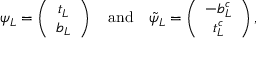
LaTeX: \psi _ { L } = \left( \begin{array} { c } { { t _ { L } } } \\ { { b _ { L } } } \end{array} \right) \quad \mathrm { a n d } \quad \tilde { \psi } _ { L } = \left( \begin{array} { c } { { - b _ { L } ^ { c } } } \\ { { t _ { L } ^ { c } } } \end{array} \right) ,